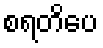
စရတိပေ